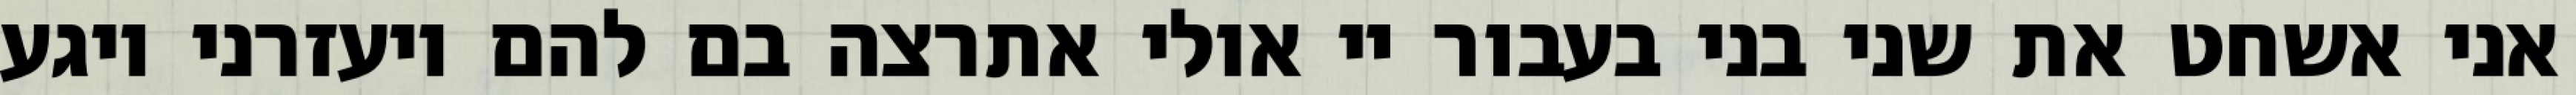
אני אשחט את שני בני בעבור יי אולי אתרצה בם להם ויעזרני ויגע